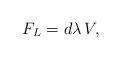
LaTeX: \begin{align*}F_L = d\lambda\, V ,\end{align*}